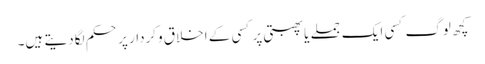
کچھ لوگ کسی ایک جملے یا پھبتی پر کسی کے اخلاق وکردار پر حکم لگادیتے ہیں۔